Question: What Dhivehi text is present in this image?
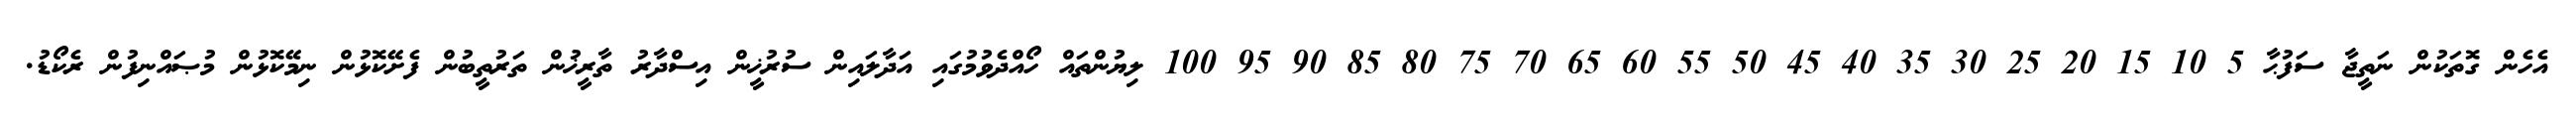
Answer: އެހެން ގޮތަކުން ނަތީޖާ ސަފުޙާ 5 10 15 20 25 30 35 40 45 50 55 60 65 70 75 80 85 90 95 100 ލިޔުންތައް ހޯއްދެވުމުގައި އަދާލައިން ސުރުޚީން އިސްދާރު ތާރީޚުން ތަރުތީބުން ފެށޭކޮޅުން ނިމޭކޮޅުން މުޞައްނިފުން ރެކޯޑު.